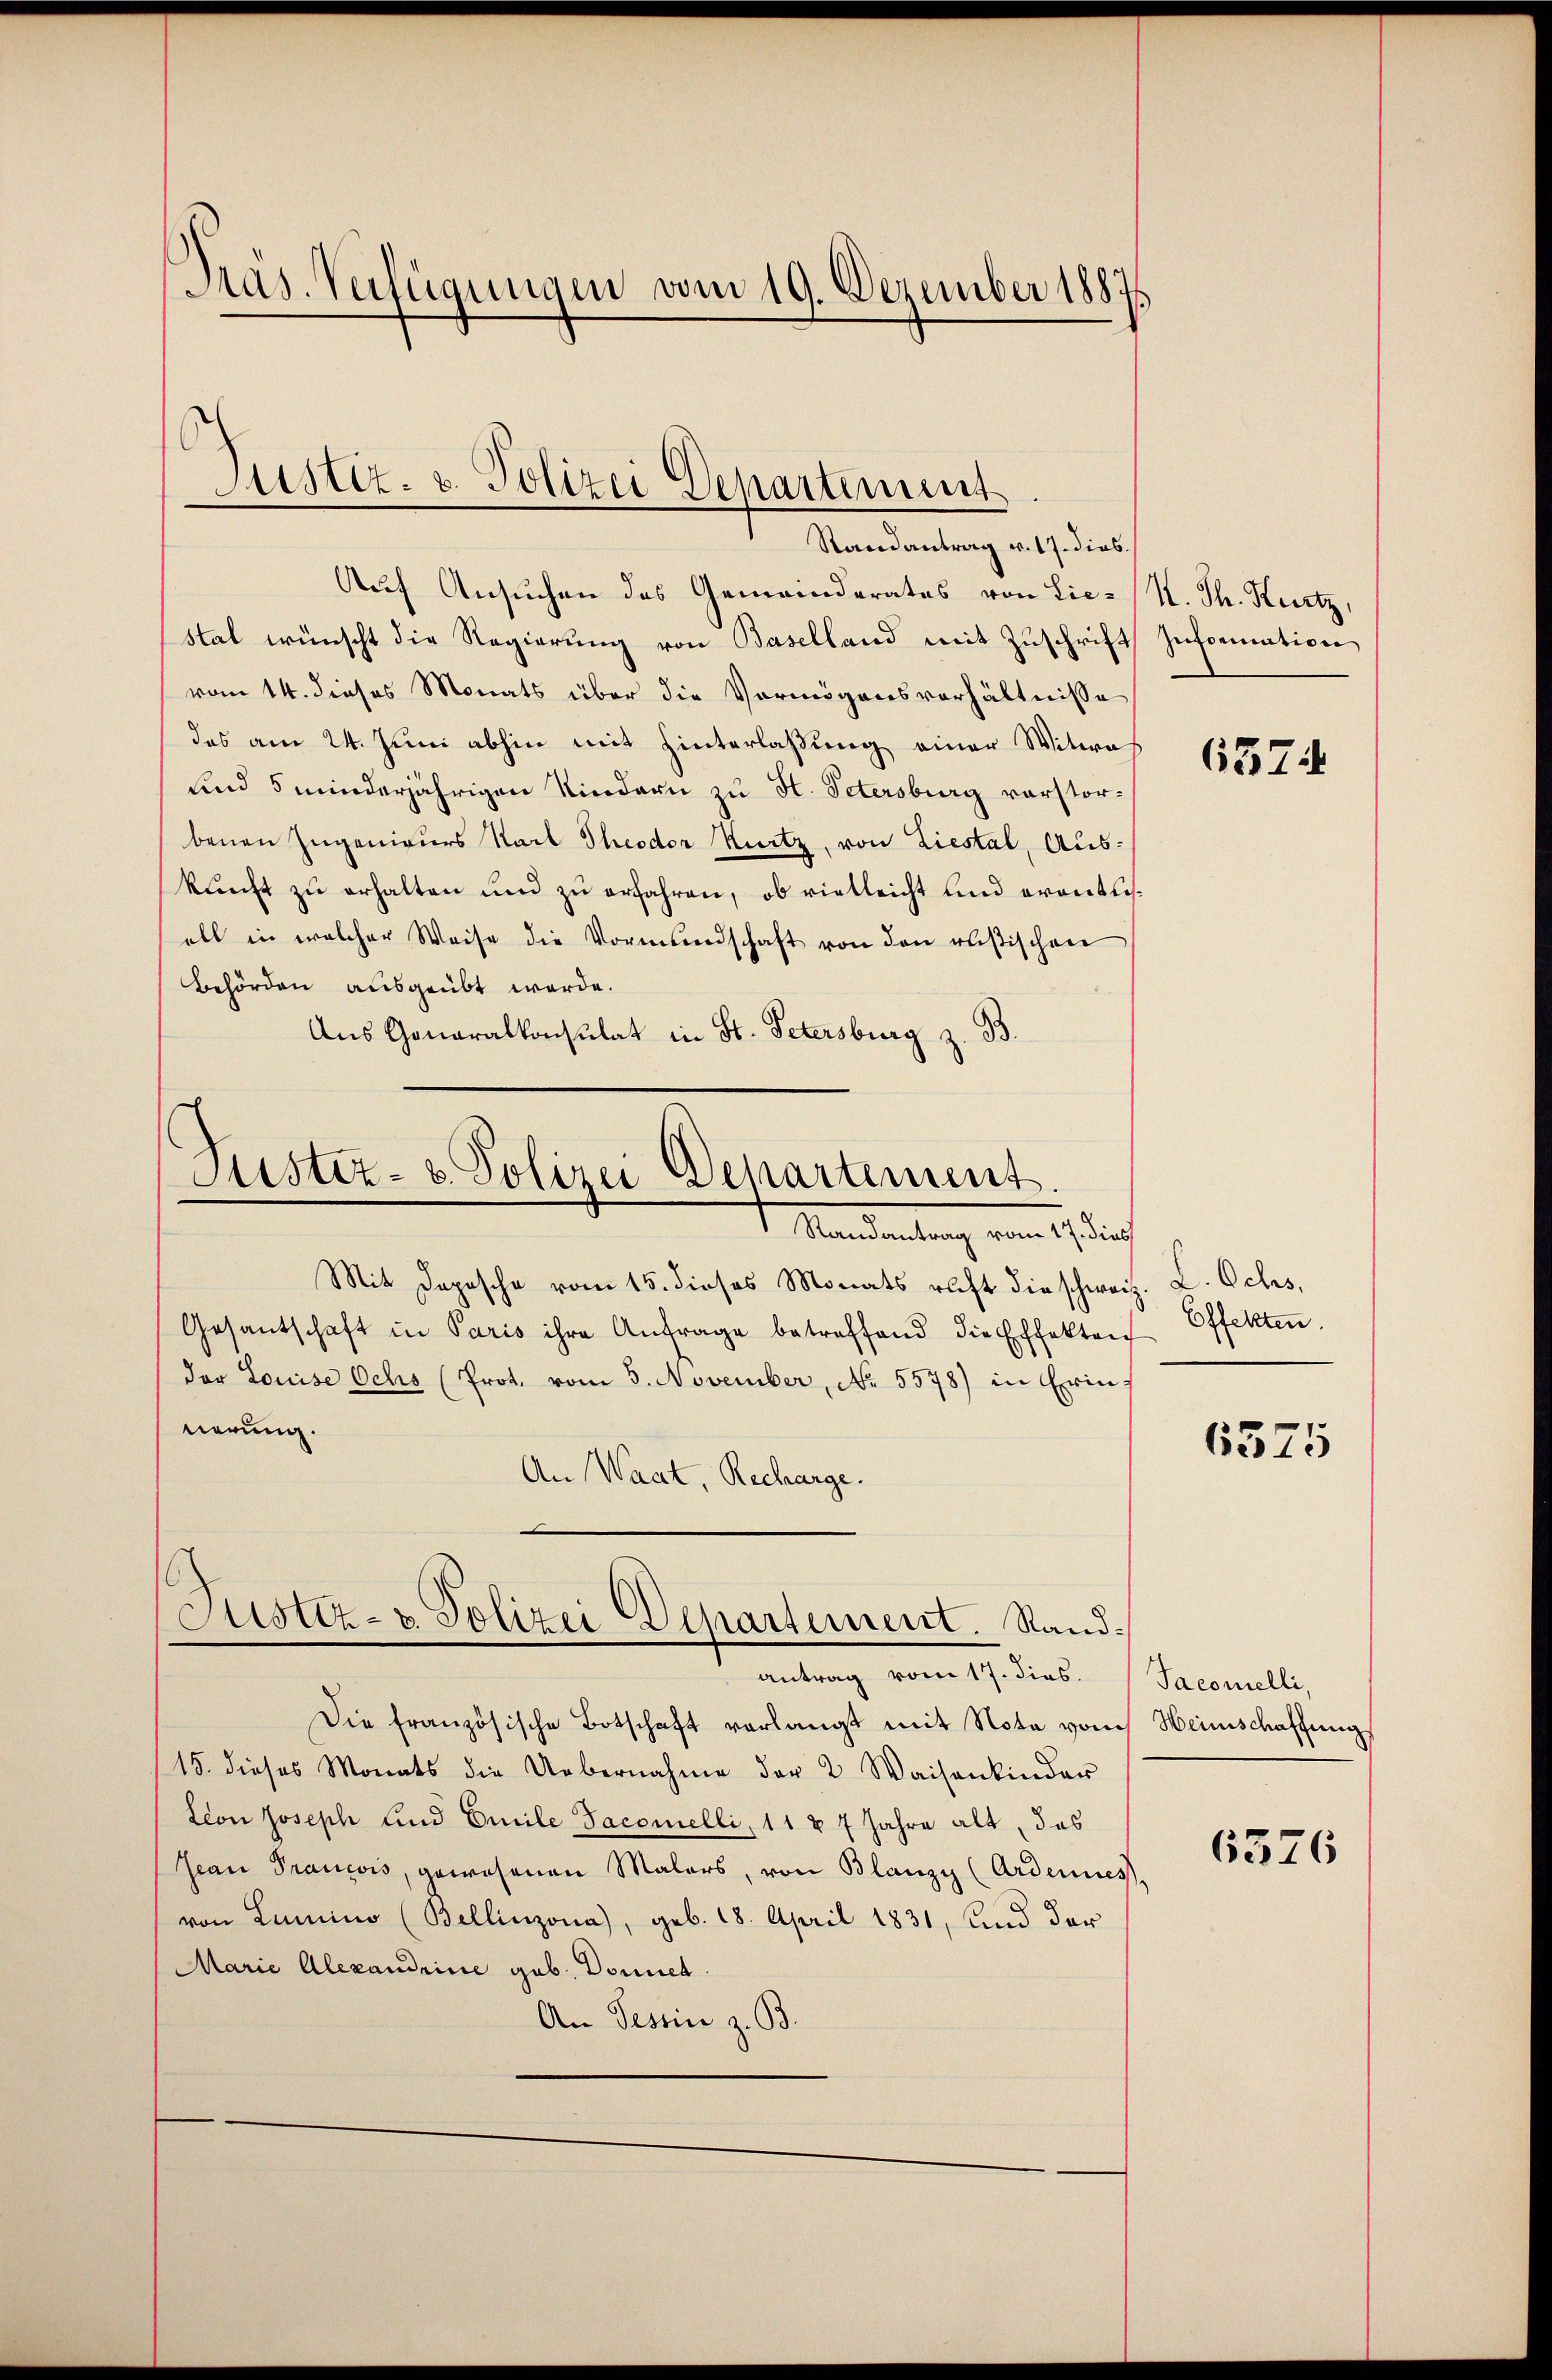
Präs. Verfügungen vom 19. Dezember 1887

e
Justiz- & Polizei Departement
Randantrag v. 17. dies

Auf Ansuchen des Gemeinderates von Lie-K. Th. Kurtz,
stal wünscht die Regierung von Baselland mit Zuschrift
vom 14. dieses Monats über die Vermögensverhältnisse
das am 24. Juni abhin mit Hinterlaßung einer Witwes
und 5 minderjährigen Kindern zu St. Petersburg verstorbenen Ingenieurs Stark Theodor Kurtz, von Liestal, Auskunft zu erhalten und zu erfahren, ob vielleicht und erontusall in welcher Weise die Vormundschaft von den rusischen
Behörden ausgeübt werde.
Aus Gonaralkonsulat in St. Petersburg z. B.

(
Justiz- u. Polizei Departement.
1. Mandantung vom 19. dich

Mit Depesche vom 15. dieses Monats richt die schweiz. L. Ochs,
Gesantschaft in Paris ihre Anfrage betreffend die Effekten Effekten
der Louise Ochs (Prot. vom 3. November, No 5578) in Erin-
nerung.
An Waat, Recharge.

Justiz- & Polizei Departement. Sandantrag vom 17. dies.

Die französische Botschaft verlangt mit Note von Heimschaffung
15. dieses Monats die Uebernahme der 2 Waisenkinder
teon Joseph Kind Emile Jacomelli, 11 & 7 Jahre alt, das
Jean Prancois, gewesenen Malers, von Blanzy (Ardernes,
von Lamino (Bellinzona, geb. 18. April 1831, und der
Marie Alexandeine gab. Donnen.
An Tessin z. B.

Information

6574

6375

Taconelli,

6376